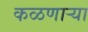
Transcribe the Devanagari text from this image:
कळणार्‍या